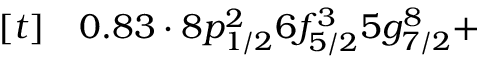
\begin{array} { r l } { [ t ] } & { { } 0 . 8 3 \cdot 8 p _ { 1 / 2 } ^ { 2 } 6 f _ { 5 / 2 } ^ { 3 } 5 g _ { 7 / 2 } ^ { 8 } + } \end{array}